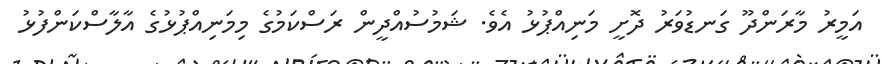
އަމީރު މާރަންދޫ ގަނޑުވަރު ދޮށީ މަނިއްޕުޅު އެވެ. ޝަމުސުއްދީން ރަސްކަމުގެ މިމަނިއްޕުޅުގެ އާލާސްކަންފުޅު